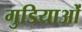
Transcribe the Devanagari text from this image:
गुडियाओं